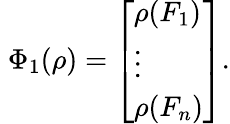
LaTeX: \; \Phi_{1}(\rho)={\left[\begin{array}{l}{\rho(F_{1})}\\ {\vdots}\\ {\rho(F_{n})}\end{array}\right]}.